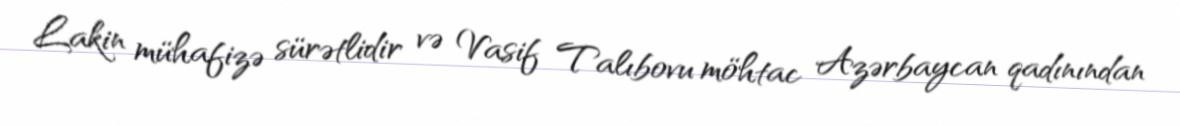
Lakin mühafizə sürətlidir və Vasif Talıbovu möhtac Azərbaycan qadınından